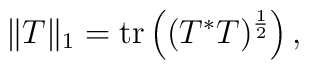
\|T\|_1 = \mbox{tr}\left((T^*T)^\frac{1}{2}\right),